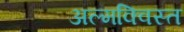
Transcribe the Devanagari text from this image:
अल्मक्विस्त